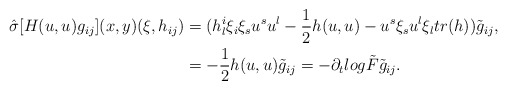
\begin{align*}\hat{\sigma}[H(u,u)g_{ij}](x,y)(\xi ,h_{ij})&=(h^i_l\xi_i\xi_su^su^l-\frac{1}{2}h(u,u)-u^s\xi_su^l\xi_ltr(h))\tilde{g}_{ij},\\&=-\frac{1}{2}h(u,u)\tilde{g}_{ij}=-\partial_tlog \tilde{F}\tilde{g}_{ij}.\end{align*}